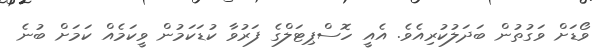
ވޯޑަށް ވަގުތުން ބަދަލުކުރިއެވެ. އެއީ ހޮސްޕިޓަލްގެ ފަރުވާ ކުޑަކަމުން ވީކަމެއް ކަމަށް ބުނެ